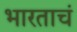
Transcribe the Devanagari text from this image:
भारताचं